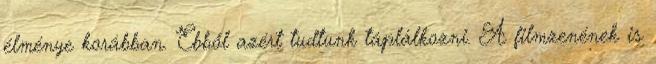
élménye korábban. Ebből azért tudtunk táplálkozni. A filmzenének is